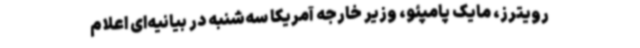
رویترز، مایک پامپئو، وزیر خارجه آمریکا سه‌شنبه در بیانیه‌ای اعلام